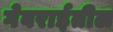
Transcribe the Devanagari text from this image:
गेवराईतील